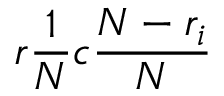
r \frac { 1 } { N } c \frac { N - r _ { i } } { N }